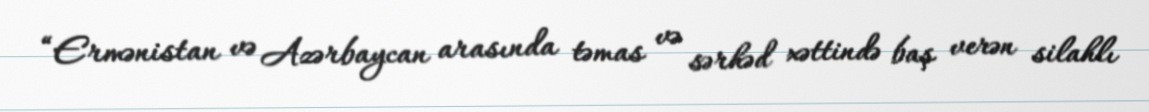
“Ermənistan və Azərbaycan arasında təmas və sərhəd xəttində baş verən silahlı